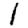
Digit: 1